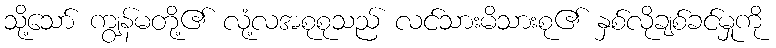
သို့သော် ကျွန်မတို့၏ လုံ့လအစုစုသည် လင်သားမိသားစု၏ နှစ်လိုချစ်ခင်မှုကို